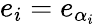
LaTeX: e_{i}=e_{\alpha_{i}}